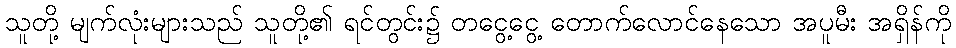
သူတို့ မျက်လုံးများသည် သူတို့၏ ရင်တွင်း၌ တငွေ့ငွေ့ တောက်လောင်နေသော အပူမီး အရှိန်ကို